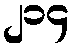
၂၁၄